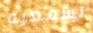
تسمعيه